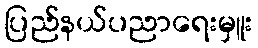
ပြည်နယ်ပညာရေးမှူး